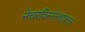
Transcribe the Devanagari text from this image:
नेचरविस्सेन्शाफ्टन